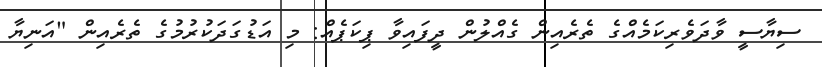
ސިޔާސީ ވާދަވެރިކަމެއްގެ ތެރެއިން ގެއްލުން ދީފައިވާ ޕިކަޕެއް: މި އަޑުގަދަކުރުމުގެ ތެރެއިން "އަނިޔާ